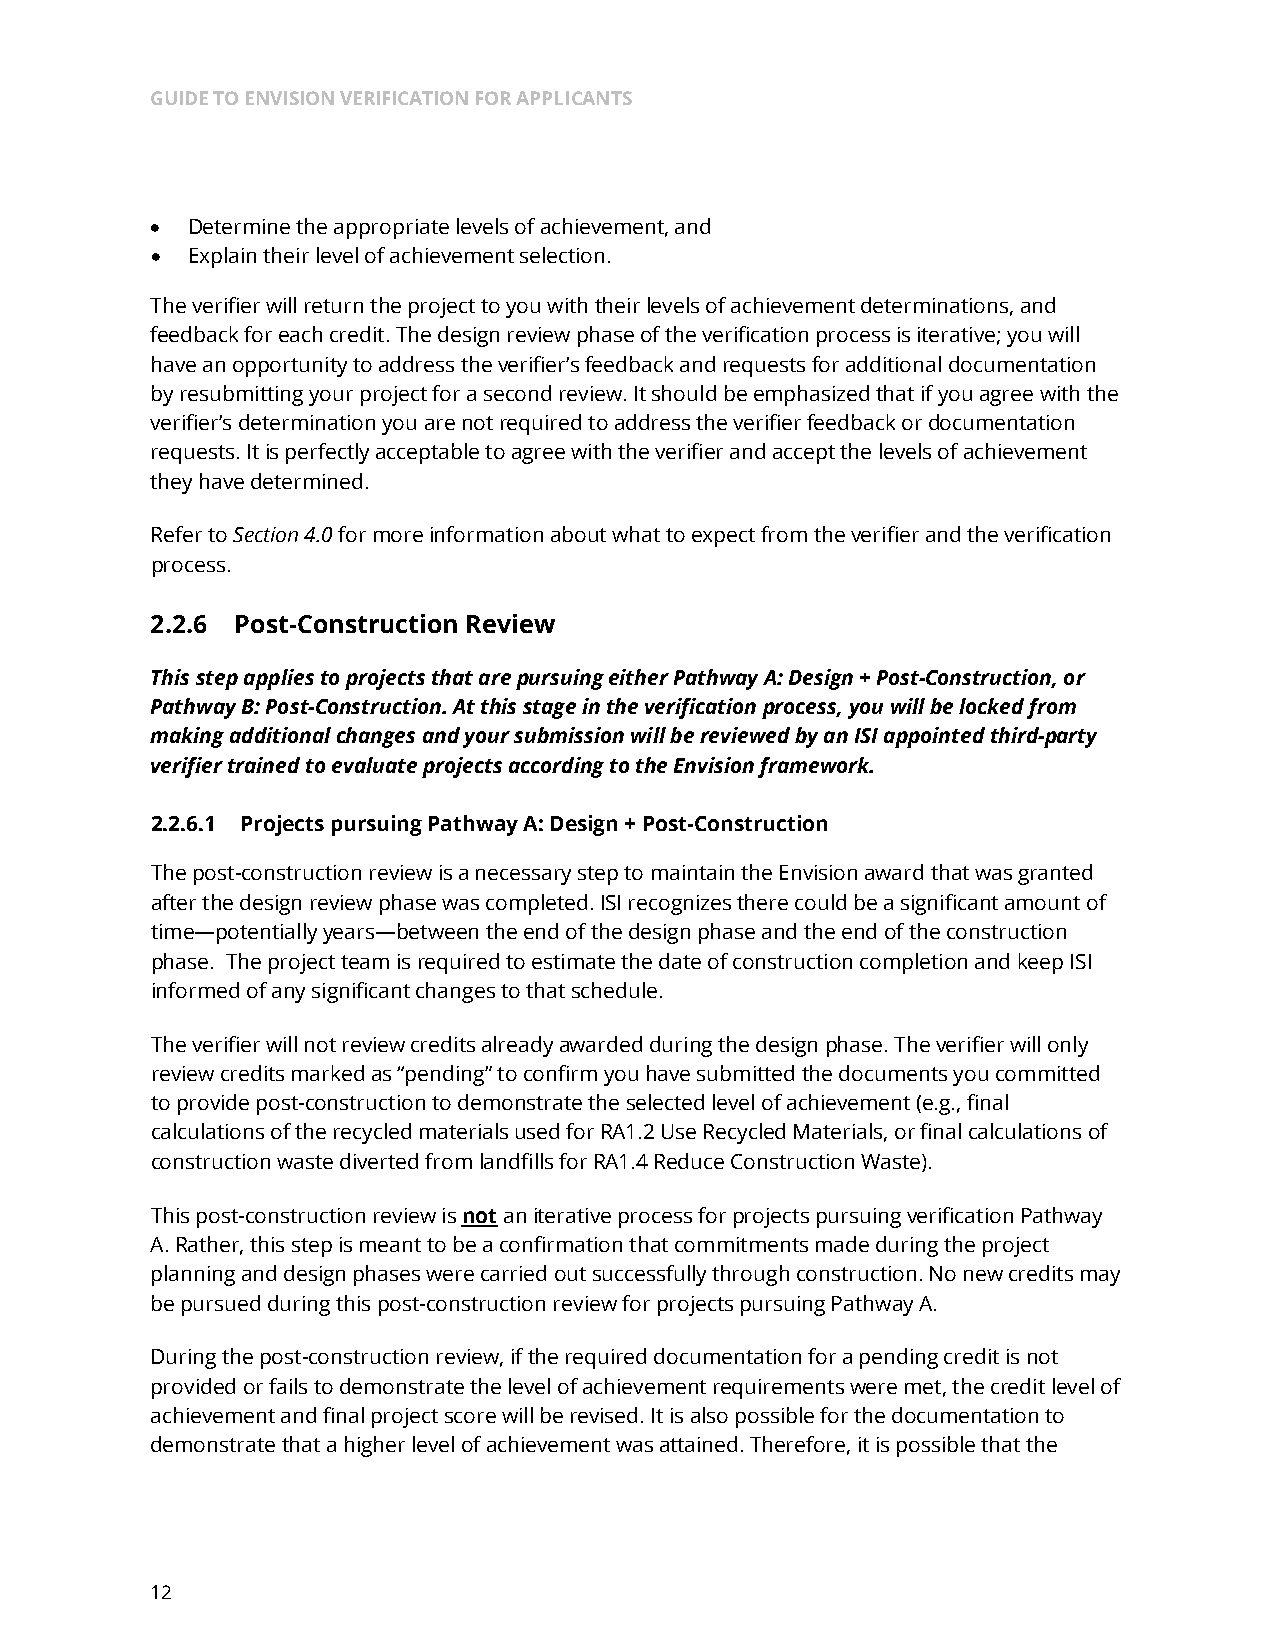
GUIDE TO ENVISION VERIFICATION FOR APPLICANTS
 • Determine the appropriate levels of achievement, and
 • Explain their level of achievement selection.
 The verifier will return the project to you with their levels of achievement determinations, and
 feedback for each credit. The design review phase of the verification process is iterative; you will
 have an opportunity to address the verifier’s feedback and requests for additional documentation
 by resubmitting your project for a second review. It should be emphasized that if you agree with the
 verifier’s determination you are not required to address the verifier feedback or documentation
 requests. It is perfectly acceptable to agree with the verifier and accept the levels of achievement
 they have determined.
 Refer to Section 4.0 for more information about what to expect from the verifier and the verification
 process.
 2.2.6 Post-Construction Review
 This step applies to projects that are pursuing either Pathway A: Design + Post-Construction, or
 Pathway B: Post-Construction. At this stage in the verification process, you will be locked from
 making additional changes and your submission will be reviewed by an ISI appointed third-party
 verifier trained to evaluate projects according to the Envision framework.
 2.2.6.1 Projects pursuing Pathway A: Design + Post-Construction
 The post-construction review is a necessary step to maintain the Envision award that was granted
 after the design review phase was completed. ISI recognizes there could be a significant amount of
 time—potentially years—between the end of the design phase and the end of the construction
 phase. The project team is required to estimate the date of construction completion and keep ISI
 informed of any significant changes to that schedule.
 The verifier will not review credits already awarded during the design phase. The verifier will only
 review credits marked as “pending” to confirm you have submitted the documents you committed
 to provide post-construction to demonstrate the selected level of achievement (e.g., final
 calculations of the recycled materials used for RA1.2 Use Recycled Materials, or final calculations of
 construction waste diverted from landfills for RA1.4 Reduce Construction Waste).
 This post-construction review is not an iterative process for projects pursuing verification Pathway
 A.Rather, this step is meant to be a confirmation that commitments made during the project
 planning and design phases were carried out successfully through construction. No new credits may
 be pursued during this post-construction review for projects pursuing Pathway A.
 During the post-construction review, if the required documentation for a pending credit is not
 provided or fails to demonstrate the level of achievement requirements were met, the credit level of
 achievement and final project score will be revised. It is also possible for the documentation to
 demonstrate that a higher level of achievement was attained. Therefore, it is possible that the
 12